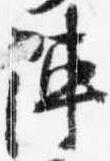
陣